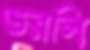
ভরলি